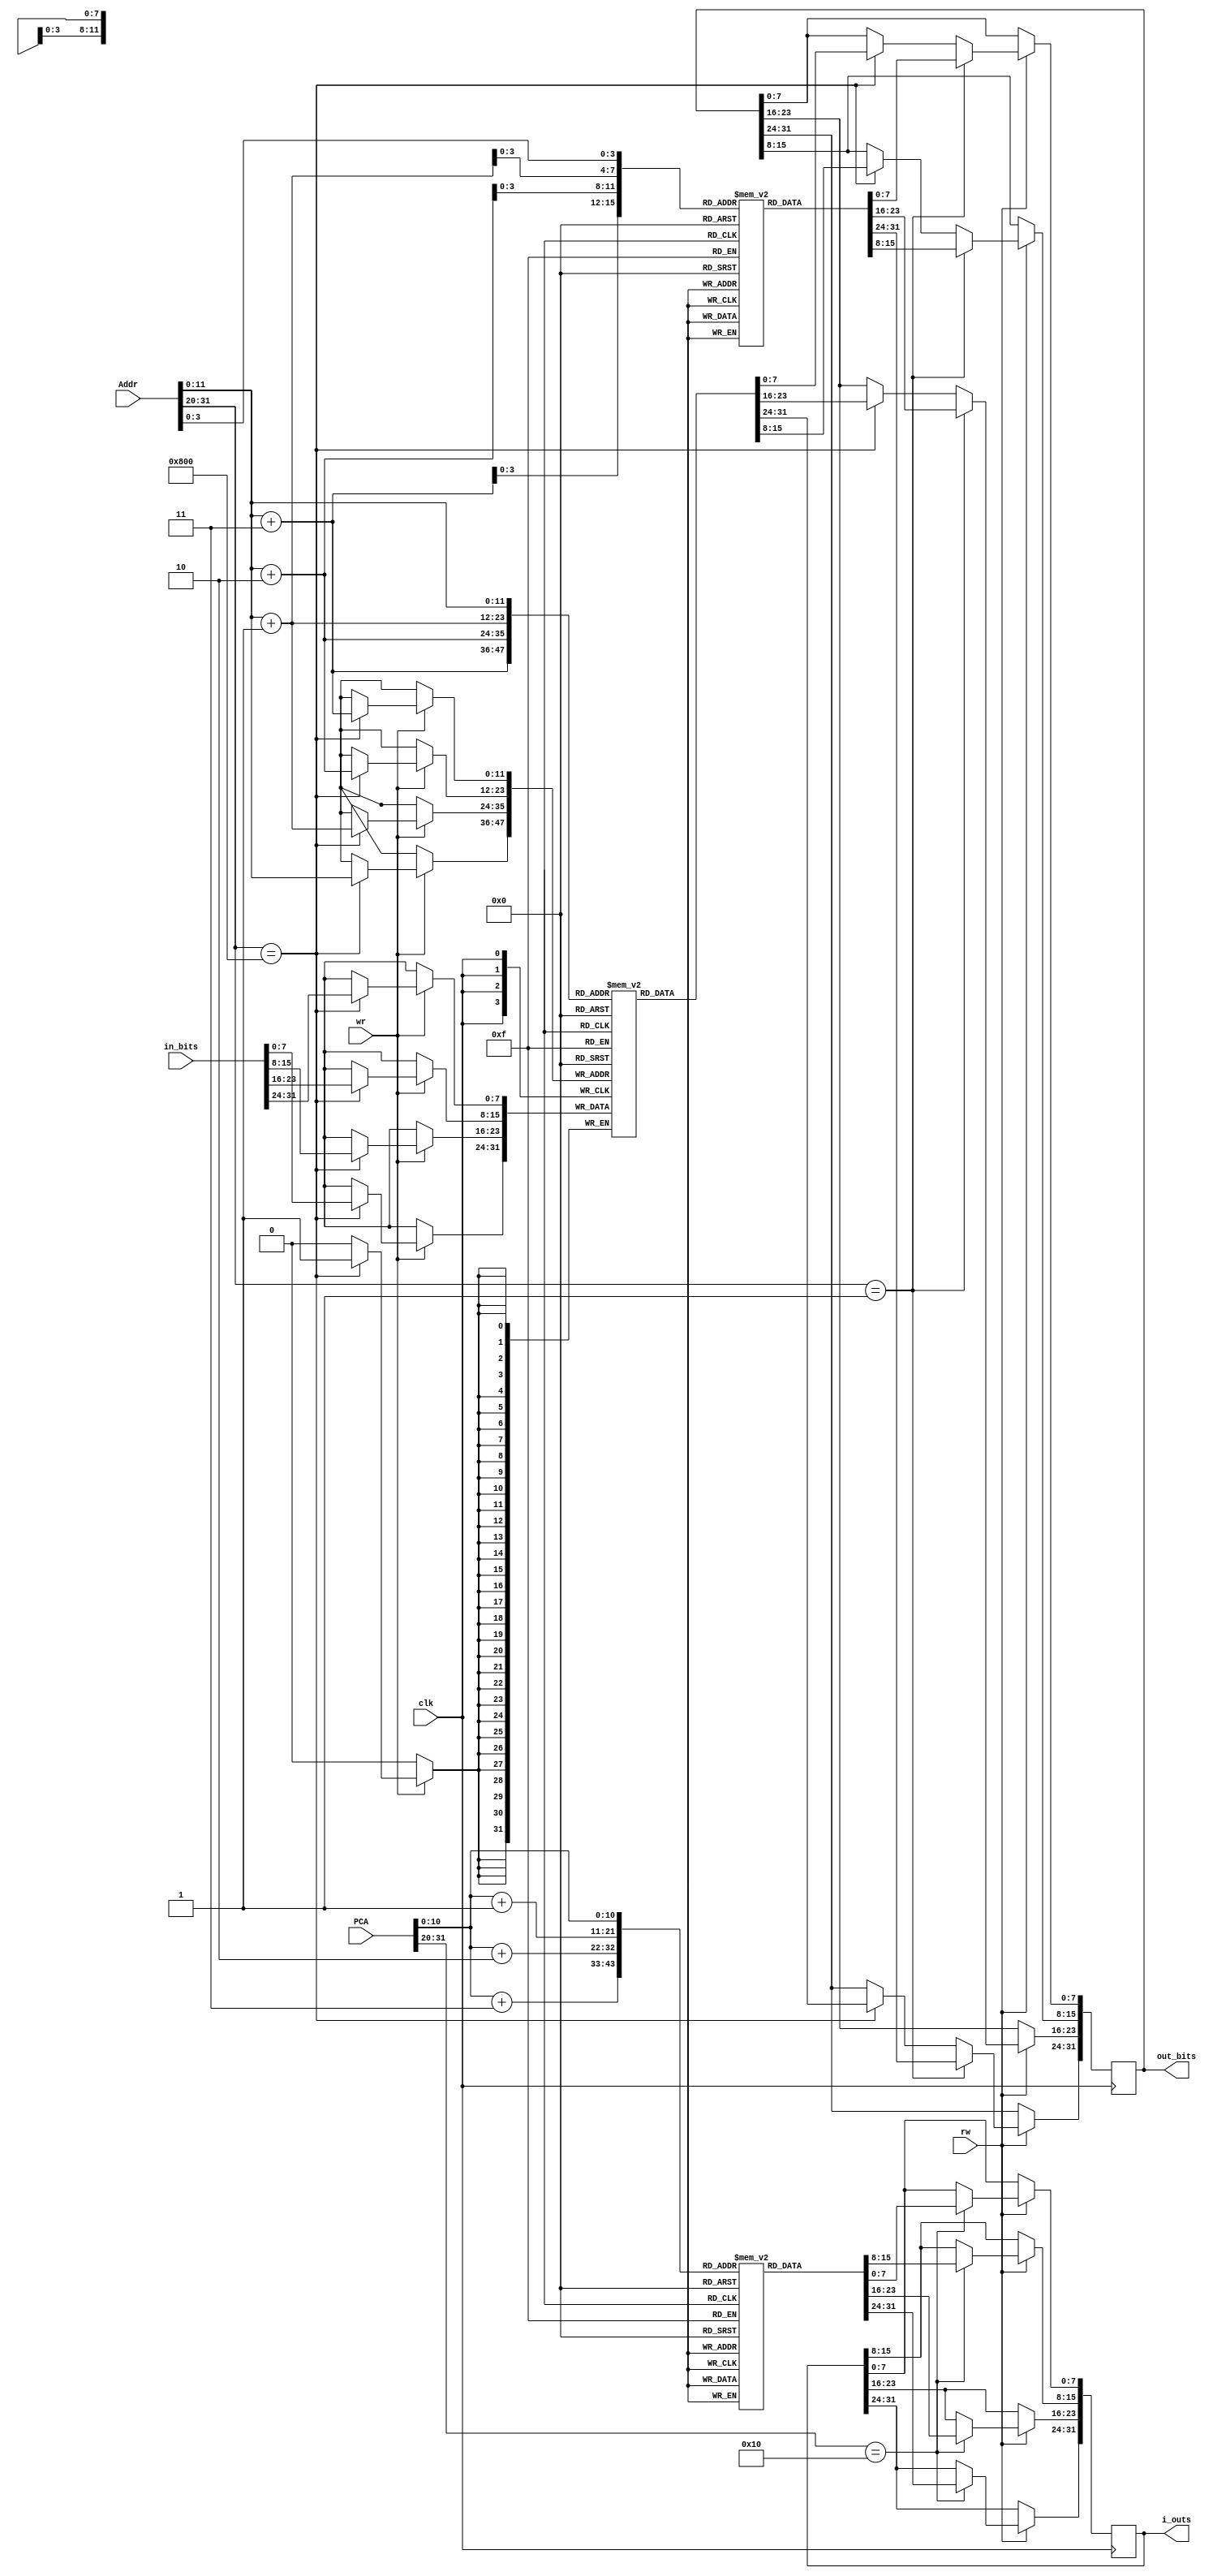
`timescale 1ns / 1ps
//////////////////////////////////////////////////////////////////////////////////
// Company: 
// Engineer: 
// 
// Design Name: 
// Module Name: IDmem
// Project Name: 
// Target Devices: 
// Tool Versions: 
// Description: 
// 
// Dependencies: 
// 
// Revision:
// Revision 0.01 - File Created
// Additional Comments:
// 
//////////////////////////////////////////////////////////////////////////////////


module Memory(
    input clk, wr, rw,
    input [31:0] Addr,          //alu is connected to dec_reg -> to Datamem
    input [31:0] PCA,
    input [31:0] in_bits,
    output [31:0] out_bits,
    output [31:0] i_outs
    );

    reg [7:0] Imem[2047:0];
    reg [7:0] numbers[11:0]; 

    reg [7:0] Dmem[4095:0];
    reg [31:0] in_buffer;
    reg [31:0] out_buffer;
    reg [31:0] i_out_buffer;
    
    initial begin
        numbers[3] = 8'h11;
        numbers[2] = 8'h71;
        numbers[1] = 8'h91;
        numbers[0] = 8'h95;
       
        
        numbers[7] = 8'h16;
        numbers[6] = 8'h03;
        numbers[5] = 8'h29;
        numbers[4] = 8'h76;
        
        numbers[11] = 8'h11;
        numbers[10] = 8'h75;
        numbers[9] = 8'h94;
        numbers[8] = 8'h26;                
        end
        
        
        // READ 
        
        always @(posedge clk) begin
        if(rw) begin
        
        if (Addr[31:20]==12'h001) begin
            //out_buffer<={Dmem[Addr[11:0]+12'd3], Dmem[Addr[11:0]+12'd2], Dmem[Addr[11:0]+12'd1], Dmem[Addr[11:0]]};
           out_buffer[31:24]<=numbers[Addr[11:0]+12'd3];
           out_buffer[23:16]<=numbers[Addr[11:0]+12'd2];
           out_buffer[15:8]<=numbers[Addr[11:0]+12'd1];
           out_buffer[7:0]<=numbers[Addr[11:0]];
        end
            
        else if (Addr[31:20]==12'h800) begin
            //out_buffer<={Dmem[Addr[11:0]+12'd3], Dmem[Addr[11:0]+12'd2], Dmem[Addr[11:0]+12'd1], Dmem[Addr[11:0]]};
            out_buffer[31:24]<=Dmem[Addr[11:0]+12'd3];
            out_buffer[23:16]<=Dmem[Addr[11:0]+12'd2];
            out_buffer[15:8]<=Dmem[Addr[11:0]+12'd1];
            out_buffer[7:0]<=Dmem[Addr[11:0]];
            end
            
        if (PCA[31:20]==12'h010) begin
            //out_buffer<={Imem[Addr[11:0]+12'd3], Imem[Addr[11:0]+12'd2], Imem[Addr[11:0]+12'd1], Imem[Addr[11:0]]};
            i_out_buffer[31:24]<=Imem[PCA[11:0]+12'd3];
            i_out_buffer[23:16]<=Imem[PCA[11:0]+12'd2];
            i_out_buffer[15:8]<=Imem[PCA[11:0]+12'd1];
            i_out_buffer[7:0]<=Imem[PCA[11:0]];
            end
        end
        end
        
   assign out_bits=out_buffer;
   assign i_outs = i_out_buffer;
   
   
        // WRITE
          always @(posedge clk) begin  
          if (wr) begin
              if (Addr[31:20]==12'h800) begin
              Dmem[Addr[11:0]+12'd3]<=in_bits[31:24];
              Dmem[Addr[11:0]+12'd2]<=in_bits[23:16];
              Dmem[Addr[11:0]+12'd1]<=in_bits[15:8];
              Dmem[Addr[11:0]]<=in_bits[7:0];
          
          end
          end
                  
                  
                  
                  
                  
          end 
        
endmodule